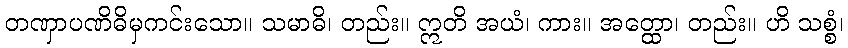
တဏှာပဏိဓိမှကင်းသော။ သမာဓိ၊ တည်း။ ဣတိ အယံ၊ ကား။ အတ္ထော၊ တည်း။ ဟိ သစ္စံ၊